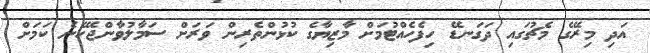
އަދި މިރޭގެ މެޗުގައި ދަގަނޑޭ ހިފެހެއްޓުމަށް މާޒިޔާގެ ކުޅުންތެރިން ވަރަށް ސަމާލުވާންޖެހޭނެ ކަމަށް